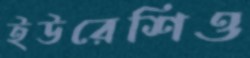
ইউরেশিও